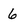
Character: 6